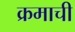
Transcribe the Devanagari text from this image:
क्रमाची